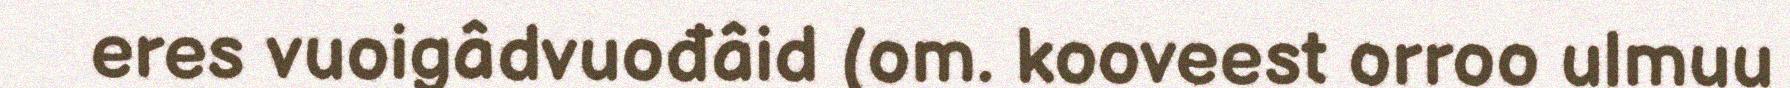
eres vuoigâdvuođâid (om. kooveest orroo ulmuu